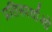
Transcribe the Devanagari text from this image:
प्रतिस्पर्धाओ